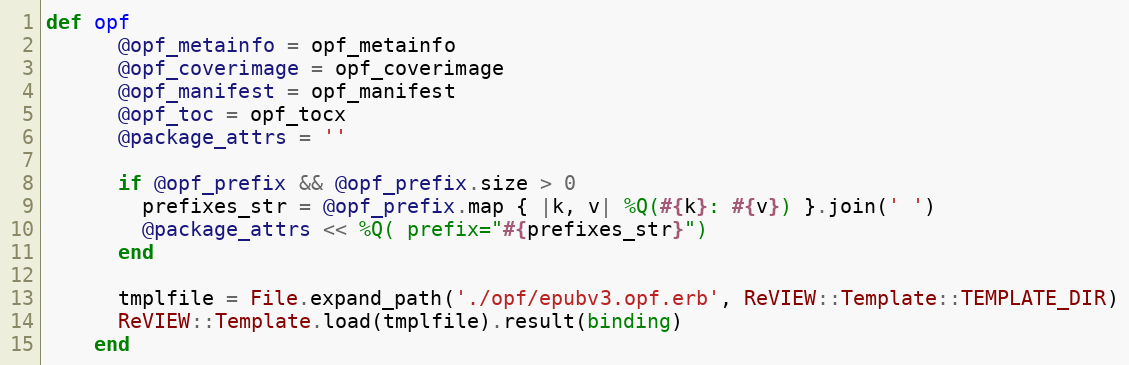
Language: Ruby
def opf
      @opf_metainfo = opf_metainfo
      @opf_coverimage = opf_coverimage
      @opf_manifest = opf_manifest
      @opf_toc = opf_tocx
      @package_attrs = ''

      if @opf_prefix && @opf_prefix.size > 0
        prefixes_str = @opf_prefix.map { |k, v| %Q(#{k}: #{v}) }.join(' ')
        @package_attrs << %Q( prefix="#{prefixes_str}")
      end

      tmplfile = File.expand_path('./opf/epubv3.opf.erb', ReVIEW::Template::TEMPLATE_DIR)
      ReVIEW::Template.load(tmplfile).result(binding)
    end